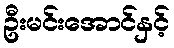
ဦးမင်းအောင်နှင့်